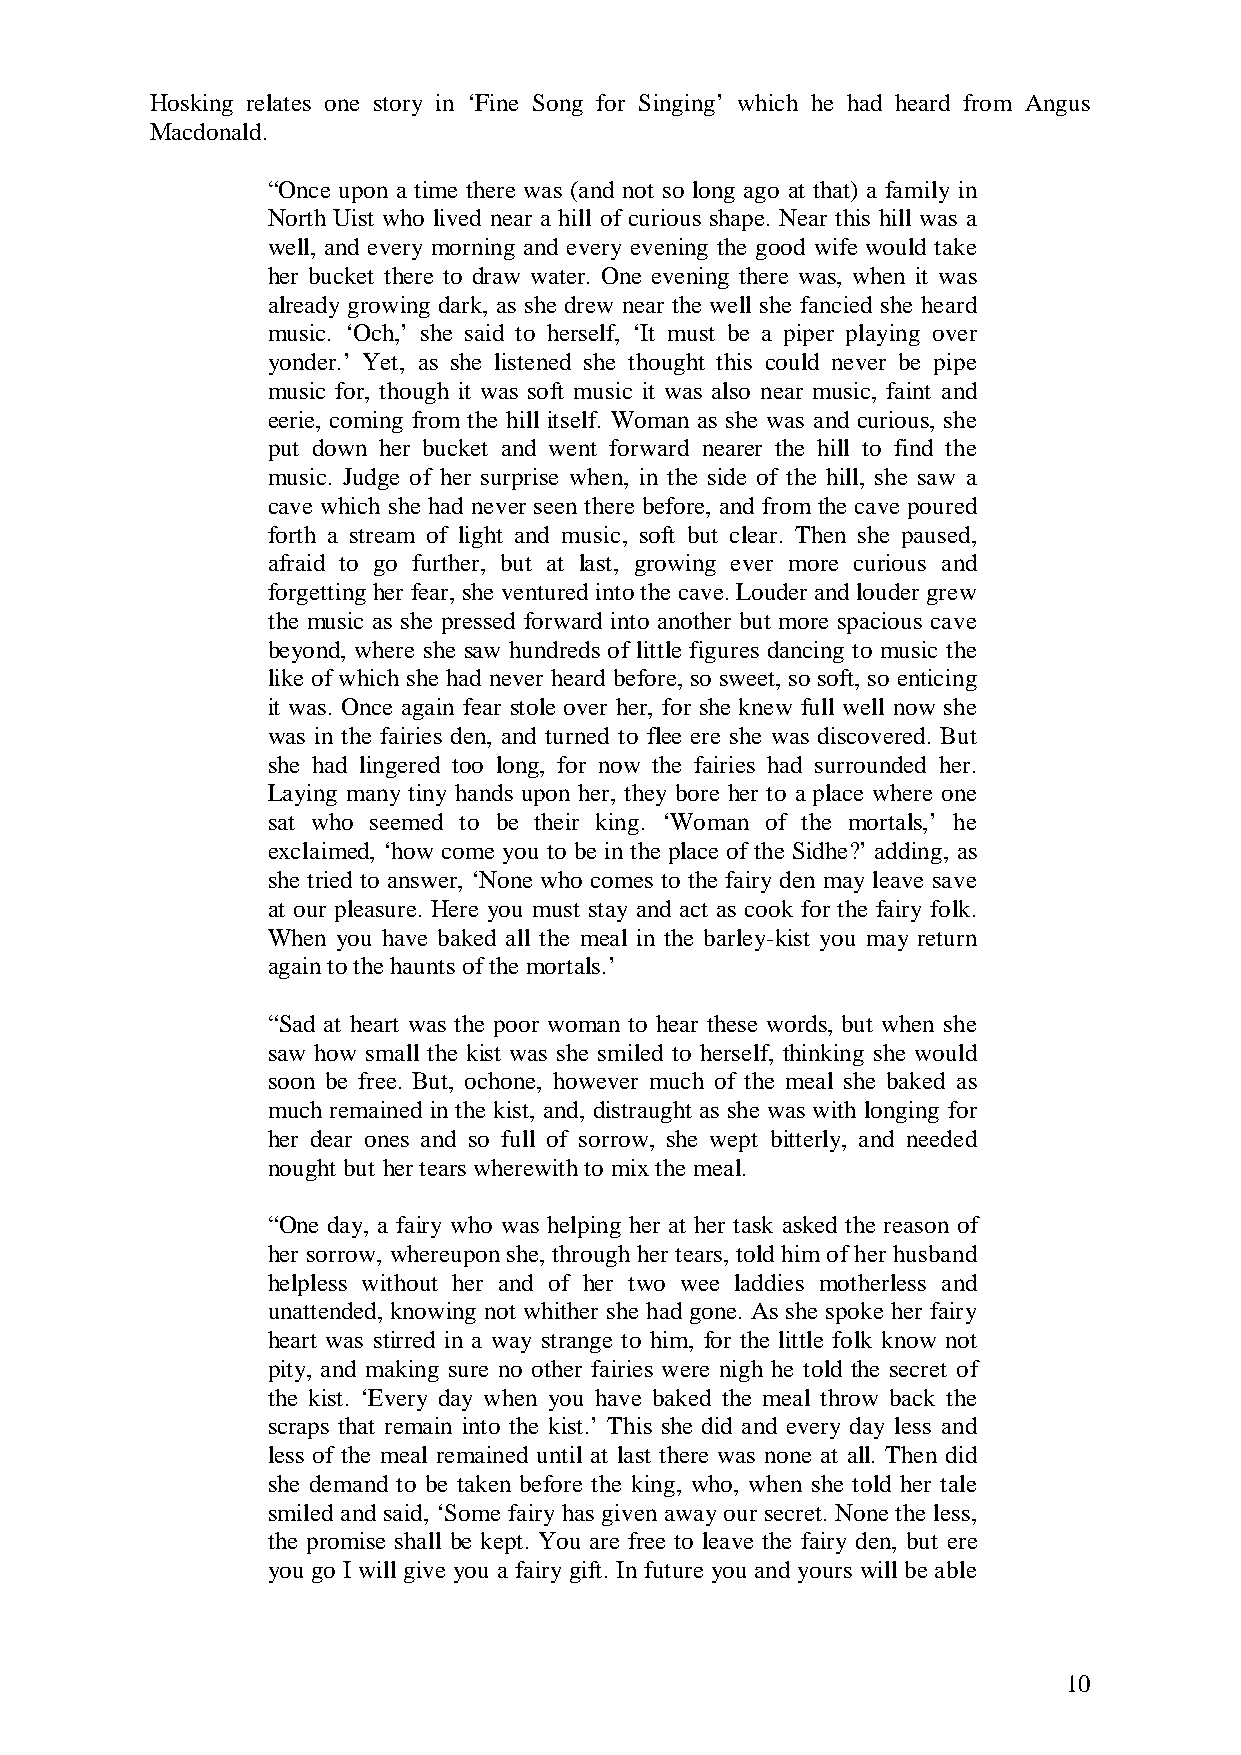
Hosking relates one story in ‘Fine Song for Singing’ which he had heard from Angus
 Macdonald.
 “Once upon a time there was (and not so long ago at that) a family in
 North Uist who lived near a hill of curious shape. Near this hill was a
 well, and every morning and every evening the good wife would take
 her bucket there to draw water. One evening there was, when it was
 already growing dark, as she drew near the well she fancied she heard
 music. ‘Och,’ she said to herself, ‘It must be a piper playing over
 yonder.’ Yet, as she listened she thought this could never be pipe
 music for, though it was soft music it was also near music, faint and
 eerie, coming from the hill itself. Woman as she was and curious, she
 put down her bucket and went forward nearer the hill to find the
 music. Judge of her surprise when, in the side of the hill, she saw a
 cave which she had never seen there before, and from the cave poured
 forth a stream of light and music, soft but clear. Then she paused,
 afraid to go further, but at last, growing ever more curious and
 forgetting her fear, she ventured into the cave. Louder and louder grew
 the music as she pressed forward into another but more spacious cave
 beyond, where she saw hundreds of little figures dancing to music the
 like of which she had never heard before, so sweet, so soft, so enticing
 it was. Once again fear stole over her, for she knew full well now she
 was in the fairies den, and turned to flee ere she was discovered. But
 she had lingered too long, for now the fairies had surrounded her.
 Laying many tiny hands upon her, they bore her to a place where one
 sat who seemed to be their king. ‘Woman of the mortals,’ he
 exclaimed, ‘how come you to be in the place of the Sidhe?’ adding, as
 she tried to answer, ‘None who comes to the fairy den may leave save
 at our pleasure. Here you must stay and act as cook for the fairy folk.
 When you have baked all the meal in the barley-kist you may return
 again to the haunts of the mortals.’
 “Sad at heart was the poor woman to hear these words, but when she
 saw how small the kist was she smiled to herself, thinking she would
 soon be free. But, ochone, however much of the meal she baked as
 much remained in the kist, and, distraught as she was with longing for
 her dear ones and so full of sorrow, she wept bitterly, and needed
 nought but her tears wherewith to mix the meal.
 “One day, a fairy who was helping her at her task asked the reason of
 her sorrow, whereupon she, through her tears, told him of her husband
 helpless without her and of her two wee laddies motherless and
 unattended, knowing not whither she had gone. As she spoke her fairy
 heart was stirred in a way strange to him, for the little folk know not
 pity, and making sure no other fairies were nigh he told the secret of
 the kist. ‘Every day when you have baked the meal throw back the
 scraps that remain into the kist.’ This she did and every day less and
 less of the meal remained until at last there was none at all. Then did
 she demand to be taken before the king, who, when she told her tale
 smiled and said, ‘Some fairy has given away our secret. None the less,
 the promise shall be kept. You are free to leave the fairy den, but ere
 you go I will give you a fairy gift. In future you and yours will be able
 10